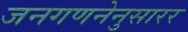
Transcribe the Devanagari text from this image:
जनगणनेनुसारर